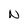
Character: N